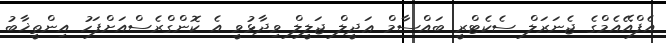
އެފްއޭއެމްގެ ޖެނަރަލް ސެކެޓްރީ ބައްސާމް ޢަދީލް ޖަލީލް ވިދާޅުވީ އެ ކޮންގްރެސްއަށްފަހު އިންތީޚާބު